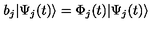
b _ { j } | \Psi _ { j } ( t ) \rangle = \Phi _ { j } ( t ) | \Psi _ { j } ( t ) \rangle